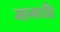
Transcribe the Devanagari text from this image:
मागधी।